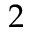
2